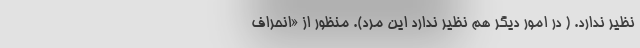
نظیر ندارد. ( در امور دیگر هم نظیر ندارد این مرد). منظور از «انحراف